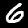
Label: 6